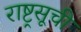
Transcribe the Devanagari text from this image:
राष्ट्रसूची